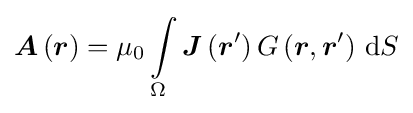
{\boldsymbol {A}}\left({\boldsymbol {r}}\right)=\mu _{0}\int \limits _{\Omega }{\boldsymbol {J}}\left({\boldsymbol {r}}'\right)G\left({\boldsymbol {r}},{\boldsymbol {r}}'\right)\,\mathrm {d} S